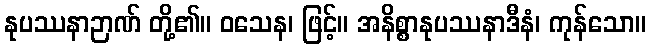
နုပဿနာဉာဏ် တို့၏။ ဝသေန၊ ဖြင့်။ အနိစ္စာနုပဿနာဒီနံ၊ ကုန်သော။